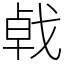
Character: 㦸